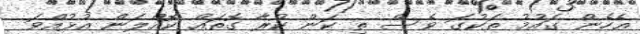
ޢެހެން ގައުމު ތަކުގަ ވެސް ތި ކަން ކުރާ ގޮތައް ކޮއްލަން އުޅުއްވަ